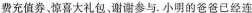
费充值券，惊喜大礼包谢谢参与。小明的爸爸已经连